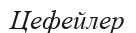
Цефейлер